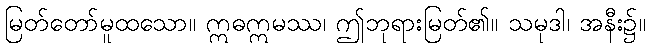
မြတ်တော်မူထသော။ ဣဓဣမဿ၊ ဤဘုရားမြတ်၏။ သမုဒါ၊ အနီး၌။